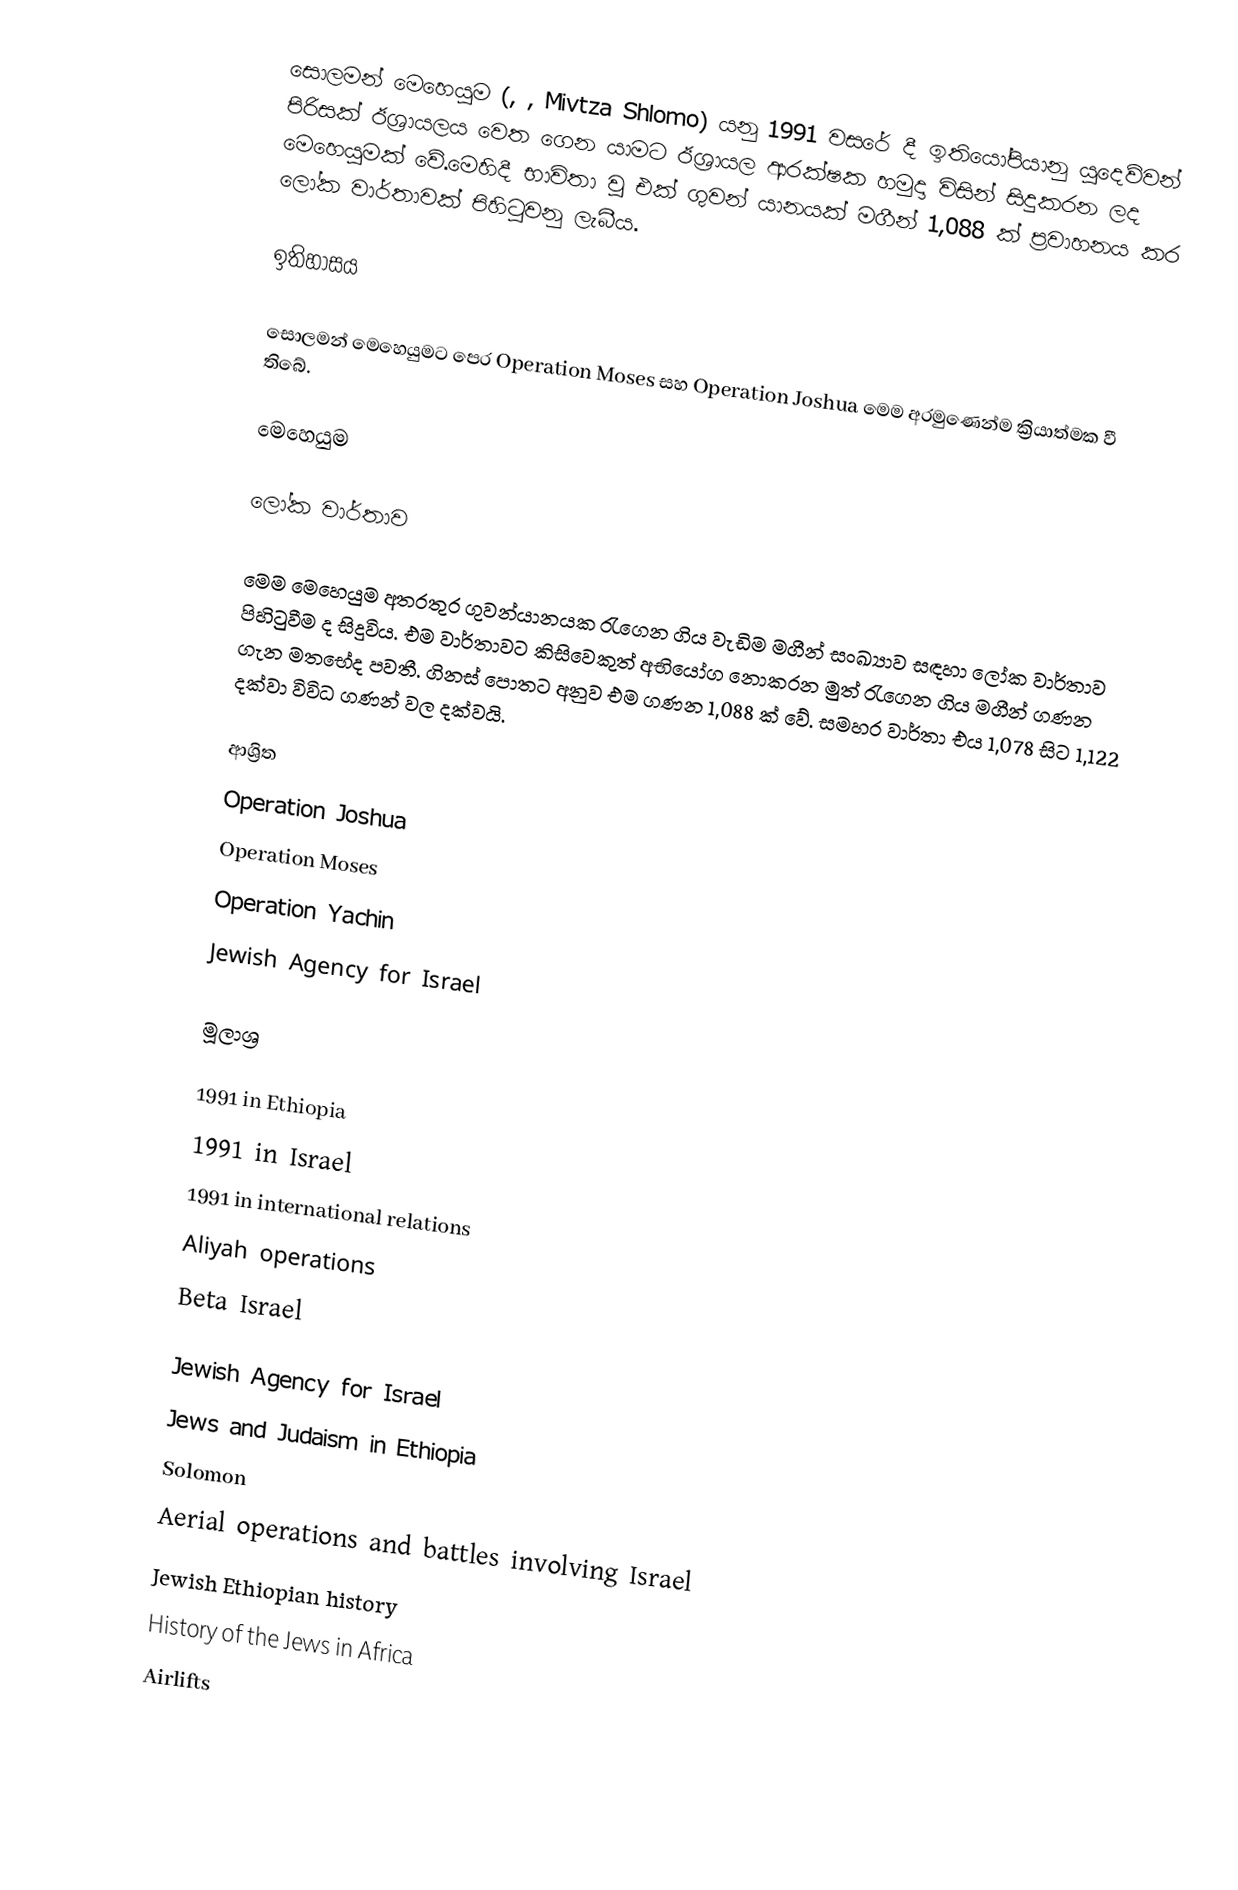
සොලමන් මෙහෙයුම (, , Mivtza Shlomo) යනු 1991 වසරේ දී ඉතියෝපියානු යුදෙව්වන් පිරිසක් ඊශ්‍රායලය වෙත ගෙන යාමට ඊශ්‍රායල ආරක්ෂක හමුදා විසින් සිදුකරන ලද මෙහෙයුමක් වේ.මෙහිදී භාවිතා වූ එක් ගුවන් යානයක් මගීන් 1,088 ක් ප්‍රවාහනය කර ලෝක වාර්තාවක් පිහිටුවනු ලැබීය.

ඉතිහාසය

සොලමන් මෙහෙයුමට පෙර Operation Moses සහ Operation Joshua මෙම අරමුණෙන්ම ක්‍රියාත්මක වී තිබේ.

මෙහෙයුම

ලෝක වාර්තාව

මෙම මෙහෙයුම අතරතුර ගුවන්යානයක රැගෙන ගිය වැඩිම මගීන් සංඛ්‍යාව සඳහා ලෝක වාර්තාව පිහිටුවීම ද සිදුවිය. එම වාර්තාවට කිසිවෙකුත් අභියෝග නොකරන මුත් රැගෙන ගිය මගීන් ගණන ගැන මතභේද පවතී. ගිනස් පොතට අනුව එම ගණන 1,088 ක් වේ. සමහර වාර්තා එය 1,078 සිට 1,122 දක්වා විවිධ ගණන් වල දක්වයි.

ආශ්‍රිත
 Operation Joshua
 Operation Moses
 Operation Yachin
 Jewish Agency for Israel

මූලාශ්‍ර

1991 in Ethiopia
1991 in Israel
1991 in international relations
Aliyah operations
Beta Israel

Jewish Agency for Israel
Jews and Judaism in Ethiopia
Solomon
Aerial operations and battles involving Israel
Jewish Ethiopian history
History of the Jews in Africa
Airlifts